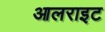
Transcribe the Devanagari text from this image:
आलराइट